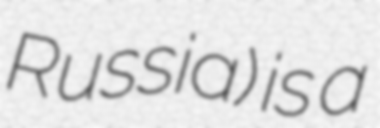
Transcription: Russia) is a